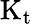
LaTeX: \mathrm{K_{t}}